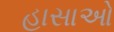
હાસાઓ